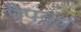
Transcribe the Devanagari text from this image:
पैपवर्थ